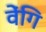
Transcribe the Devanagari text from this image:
वेंगि